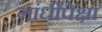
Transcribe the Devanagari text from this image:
गांधींपेक्षा